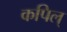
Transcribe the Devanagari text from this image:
कपिल्